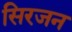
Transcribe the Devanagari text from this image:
सिरजन